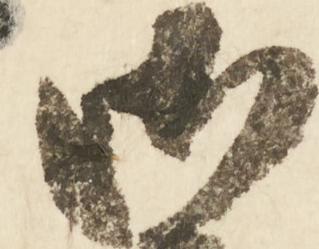
御